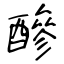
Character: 醦